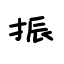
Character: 振